Report on vaccination in Madras 1904-1921 - 1904-1921
Year: 1904
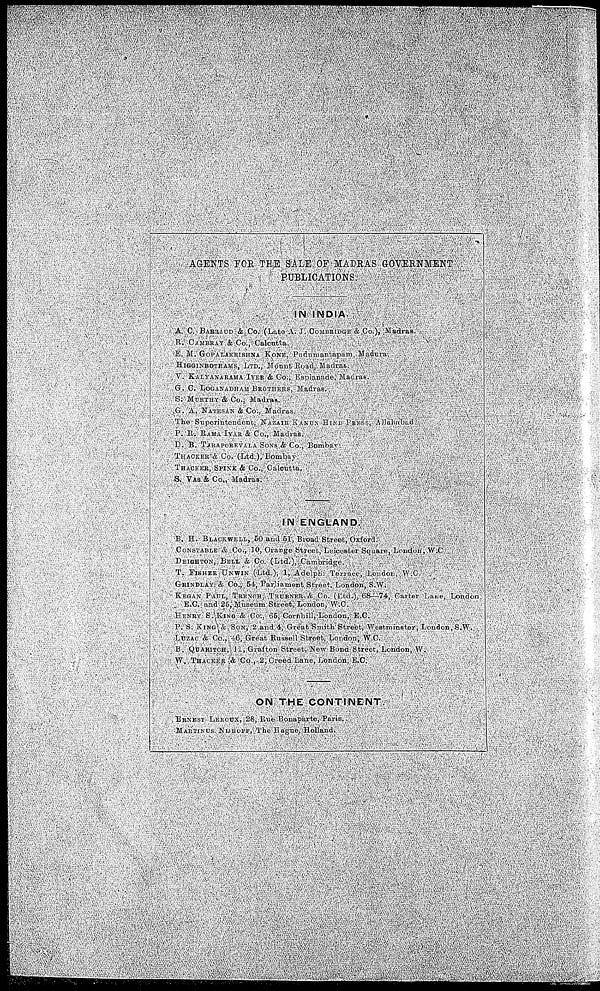
AGENTS FOR THE SALE OF MADRAS GOVERNMENT
PUBLICATIONS.
IN INDIA.
A. C. BARRAUD & Co. (Late A. J. COMBRIDGE & Co.), Madras.
R. CAMBRAY & Co., Calcutta.
E. M. GOPALAKRISHNA KONE, Pudumantapam, Madura.
HIGGINBOTHAMS, LTD., Mount Road, Madras.
V. KALYANARAMA IYER & Co., Espianade, Madras.
G. C. LOGANADHAM BROTHERS, Madras.
S. MURTHY & Co., Madras.
G. A. NATESAN & Co., Madras.
The Superintendent, NAZAIR KANUN HIND PRESS, Allahabad.
P. R. RAMA IYAR & Co., Madras.
D. B. TARAPOREVALA SONS & Co., Bombay.
THACKER & Co. (Ltd.), Bombay.
THACKER, SPINK & Co., Calcutta.
S. VAS & Co., Madras.
IN ENGLAND.
B. H. BLACKWELL, 50 and 51, Broad Street, Oxford.
CONSTABLE & Co., 10, Orange Street, Leicester Square, London, W.C
DEIGHTON, BELL & Co. (Ltd.), Cambridge.
T. FISHER UNWIN (Ltd.), 1, Adelphi Teriace, London, W.C.
GRINDLAY & Co., 54, Parliament Street, London, S.W.
KEGAN PAUL, TRENCH, TRÜBNER & Co. (Ltd.), 68—74, Carter Lane, London
E.C. and 25, Museum Street, London, W.C.
HENRY S. KING & CO., 65, Cornhill, London, E.C.
P. S. KING & SON, 2 and 4, Great Smith Street, Westminster, London, S.W.
LUZAC & Co., 46, Great Rassell Street, London, W.C.
B. QUARITCH, 11, Grafton Street, New Bond Street, London, W.
W. THACKER & Co., 2, Creed Lane, London, E.C.
ON THE CONTINENT.
ERNEST LEROUX, 28, Rue Bonaparte, Paris.
MARTINUS NIJHOFF, The Hague, Holland.